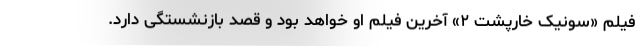
فیلم «سونیک خارپشت ۲» آخرین فیلم او خواهد بود و قصد بازنشستگی دارد.